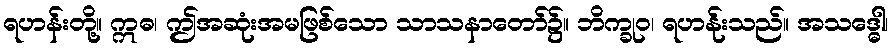
ရဟန်းတို့။ ဣဓ၊ ဤအဆုံးအမဖြစ်သော သာသနာတော်၌။ ဘိက္ခုဝ၊ ရဟန်ုးသည်။ အသဒ္ဓေါ၊